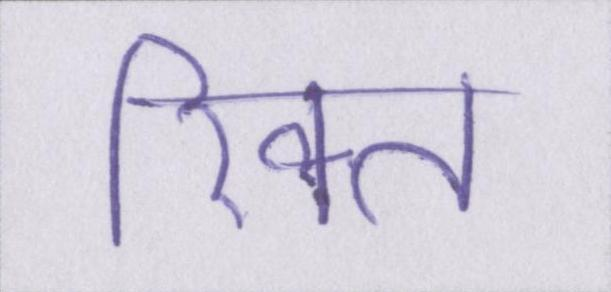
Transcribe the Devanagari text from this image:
रिक्त